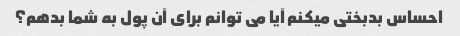
احساس بدبختی میکنم آیا می توانم برای آن پول به شما بدهم؟